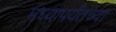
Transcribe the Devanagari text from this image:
मध्यापर्यंतच्या